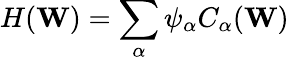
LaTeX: H(\mathbf{W})=\sum_{\alpha}\psi_{\alpha}C_{\alpha}(\mathbf{W})